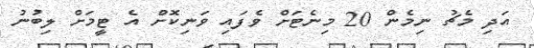
އަދި މެޗު ނިމެން 20 މިނެޓަށް ވެފައި ވަނިކޮށް އެ ޓީމަށް ލިބުނު